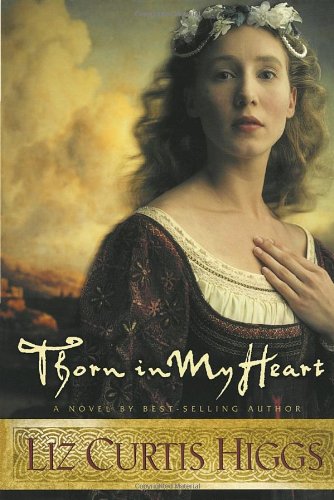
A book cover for Thorn in My Heart (Lowlands of Scotland Series #1); Liz Curtis Higgs; Romance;